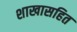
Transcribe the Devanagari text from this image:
शाखासहित